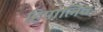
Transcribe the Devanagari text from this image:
हिपालिव